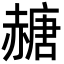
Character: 赯